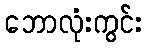
ဘောလုံးကွင်း